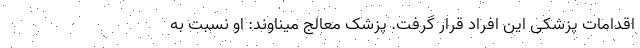
اقدامات پزشکی این افراد قرار گرفت. پزشک معالج میناوند: او نسبت به